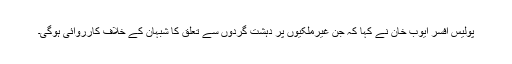
پولیس افسر ایوب خان نے کہا کہ جن غیرملکیوں پر دہشت گردوں سے تعلق کا شبہان کے خلاف کارروائی ہوگی۔